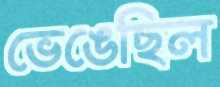
ভেঙেছিল